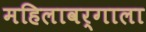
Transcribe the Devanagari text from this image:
महिलावर्गाला